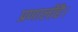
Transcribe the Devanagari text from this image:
प्रणालीहै।